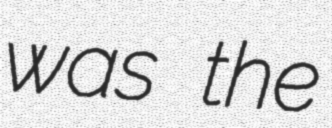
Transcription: was the